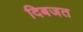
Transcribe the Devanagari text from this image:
दिबजत